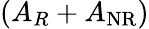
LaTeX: (A_{R}+A_{\mathrm{NR}})